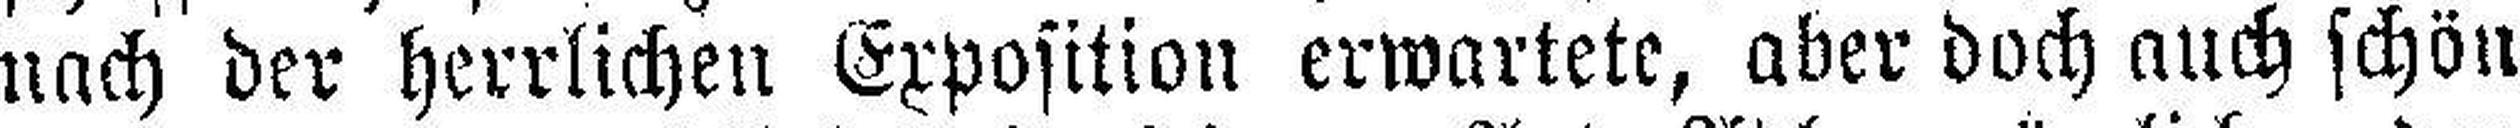
nach der herrlichen Exposition erwartete, aber doch auch schön